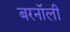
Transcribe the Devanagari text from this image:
बरनॉली